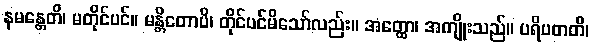
နမန္တေတိ၊ မတိုင်ပင်။ မန္တိတောပိ၊ တိုင်ပင်မိသော်လည်း။ အတ္ထော၊ အကျိုးသည်။ ပရိပတတိ၊